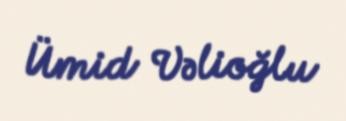
Ümid Vəlioğlu